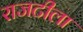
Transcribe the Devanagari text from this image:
राजटीला